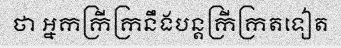
ថា អ្នកក្រីក្រនឹងបន្តក្រីក្រតទៀត